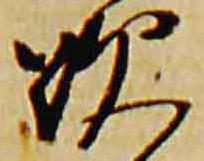
歎